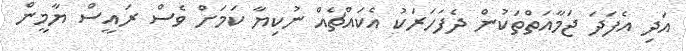
އަދި އެފަދަ ޖަމާއަތްތަކުން ދެފަހަރަކު އެކައްޗެއް ނުކިޔާ ކަމަށް ވެސް ރައީސް ޔާމީން